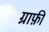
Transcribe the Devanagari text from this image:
ग्राफ़ी